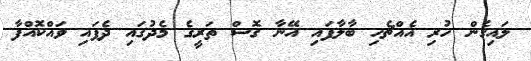
ލައިގެން ހުރި އެއްޗެހި ބާލާފައި އޭނާ ގޮސް ތަރީގެ މެދުގައި ދެފައި ވައްކޮއްފާ